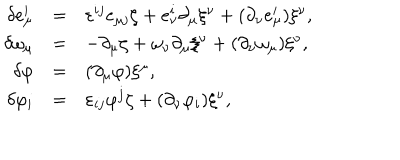
LaTeX: \begin{array} { r c l } { { \delta e _ { \mu } ^ { i } } } & { { = } } & { { \varepsilon ^ { i j } e _ { \mu j } \zeta + e _ { \nu } ^ { i } \partial _ { \mu } \xi ^ { \nu } + ( \partial _ { \nu } e _ { \mu } ^ { i } ) \xi ^ { \nu } , } } \\ { { \delta \omega _ { \mu } } } & { { = } } & { { - \partial _ { \mu } \zeta + \omega _ { \nu } \partial _ { \mu } \xi ^ { \nu } + ( \partial _ { \nu } \omega _ { \mu } ) \xi ^ { \nu } , } } \\ { { \delta \varphi } } & { { = } } & { { ( \partial _ { \mu } \varphi ) \xi ^ { \mu } , } } \\ { { \delta \varphi _ { i } } } & { { = } } & { { \varepsilon _ { i j } \varphi ^ { j } \zeta + ( \partial _ { \nu } \varphi _ { i } ) \xi ^ { \nu } , } } \\ \end{array}